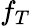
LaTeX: f_{T}